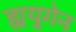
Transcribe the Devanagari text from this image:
ह्ययुगेन